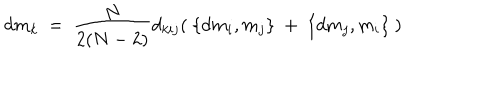
LaTeX: d m _ { k } \ = \ \frac { N } { 2 ( N - 2 ) } d _ { k i j } ( \ \{ d m _ { i } , m _ { j } \} \ + \ \{ d m _ { j } , m _ { i } \} \ )